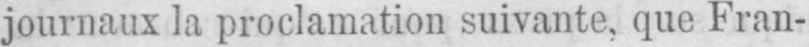
journaux la proclamation suivante, que Fran-